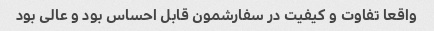
واقعا تفاوت و کیفیت در سفارشمون قابل احساس بود و عالی بود